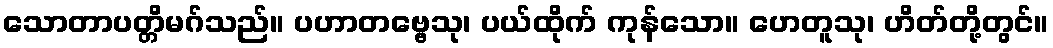
သောတာပတ္တိမဂ်သည်။ ပဟာတဗ္ဗေသု၊ ပယ်ထိုက် ကုန်သော။ ဟေတူသု၊ ဟိတ်တို့တွင်။